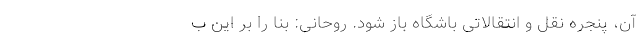
آن، پنجره نقل و انتقالاتی باشگاه باز شود. روحانی: بنا را بر این ب